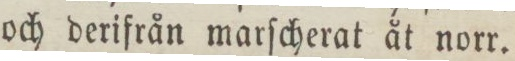
och derifrån marſcherat åt norr.